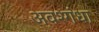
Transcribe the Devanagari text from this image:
अवश्गंधा